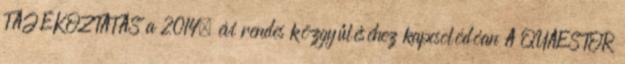
TÁJÉKOZTATÁS a 2014. évi rendes közgyűléséhez kapcsolódóan A QUAESTOR